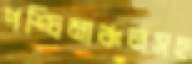
পশ্চিমাঞ্চলসহ